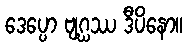
ဒေပ္ပော ဗျဂ္ဃဿ ဒီပိနော။